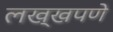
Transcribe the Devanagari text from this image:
लख्खपणे